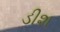
ડીશ